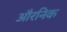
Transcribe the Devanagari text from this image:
औरनिक